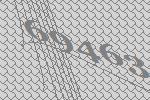
69463